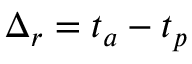
\Delta _ { r } = t _ { a } - t _ { p }